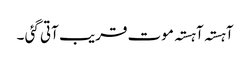
آہستہ آہستہ موت قریب آتی گئی ۔